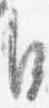
自